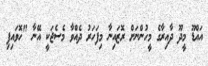
އައްޑޫ މީދޫ ދާއިރާގެ މީހުންނަށް ރޮޒައިނާ މިފަހަރު ދެއްވާ މެސެޖަކީ އޭނާ "ހޮވައިފި